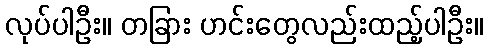
လုပ်ပါဦး။ တခြား ဟင်းတွေလည်းထည့်ပါဦး။